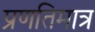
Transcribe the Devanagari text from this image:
प्रणतिमात्र